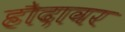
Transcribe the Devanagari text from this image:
हौदावर